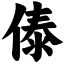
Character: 傣